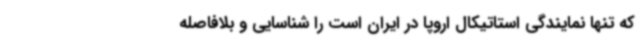
که تنها نمایندگی استاتیکال اروپا در ایران است را شناسایی و بلافاصله